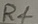
Text: R4